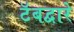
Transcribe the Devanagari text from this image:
टॅबद्वारे